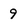
Character: 9